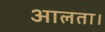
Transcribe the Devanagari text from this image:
आलता।